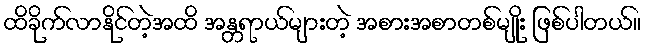
ထိခိုက်လာနိုင်တဲ့အထိ အန္တရာယ်များတဲ့ အစားအစာတစ်မျိုး ဖြစ်ပါတယ်။